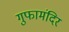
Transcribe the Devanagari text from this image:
गुफामंदिर